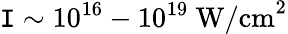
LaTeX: \mathtt{I}\sim10^{16}-10^{19}\ \textrm{{W/cm}}^{2}